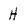
Character: H